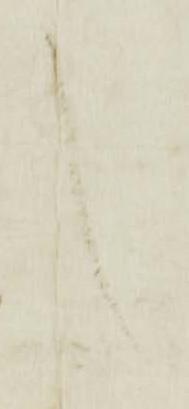
言